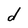
Character: d